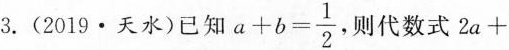
3.(2019·天水)已知 $$a+b= \frac{1}{2}$$ ，则代数式2a+